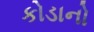
કોડાનો